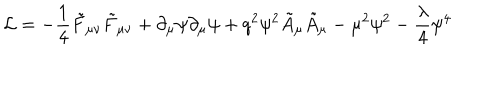
LaTeX: { \cal L } = - \frac { 1 } { 4 } \tilde { F } _ { \mu \nu } \tilde { F } _ { \mu \nu } + \partial _ { \mu } \psi \partial _ { \mu } \psi + q ^ { 2 } \psi ^ { 2 } \tilde { A } _ { \mu } \tilde { A } _ { \mu } - \mu ^ { 2 } \psi ^ { 2 } - \frac { \lambda } { 4 } \psi ^ { 4 }